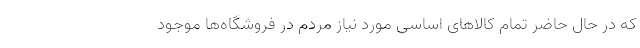
که در حال حاضر تمام کالاهای اساسی مورد نیاز مردم در فروشگاه‌ها موجود